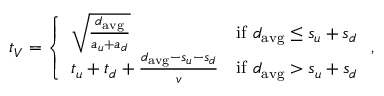
t _ { V } = \left\{ \begin{array} { l l } { \sqrt { \frac { d _ { \mathrm { { a v g } } } } { a _ { u } + a _ { d } } } } & { \mathrm { i f ~ } d _ { \mathrm { a v g } } \leq s _ { u } + s _ { d } } \\ { t _ { u } + t _ { d } + \frac { d _ { \mathrm { { a v g } } } - s _ { u } - s _ { d } } { v } } & { \mathrm { i f ~ } d _ { \mathrm { a v g } } > s _ { u } + s _ { d } } \end{array} \right. ,